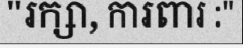
"រក្សា, ការពារ :"